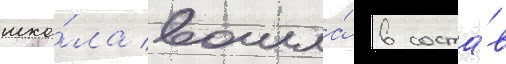
шко́ла вошла́ в соста́в